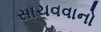
સાચવવાનો